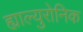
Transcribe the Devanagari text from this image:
ह्याल्युरोनिक